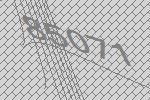
85071